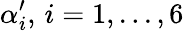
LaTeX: \alpha_{i}^{\prime},\, i=1,...,6